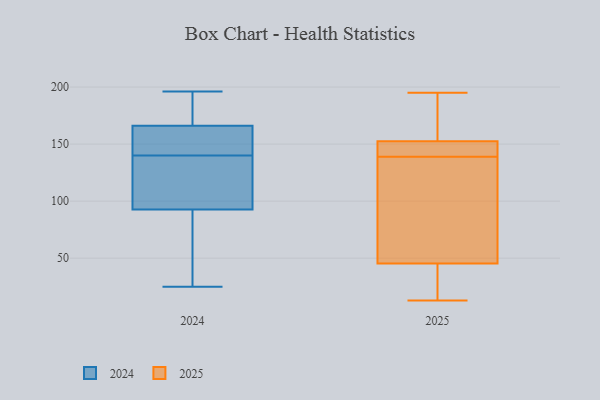
{"axis": {"x": "Satisfaction Score", "y": "Value"}, "legend": ["2024", "2025"], "data": [{"x": "", "y": 76, "type": "2025"}, {"x": "", "y": 13, "type": "2025"}, {"x": "", "y": 35, "type": "2025"}, {"x": "", "y": 195, "type": "2025"}, {"x": "", "y": 139, "type": "2025"}, {"x": "", "y": 23, "type": "2025"}, {"x": "", "y": 177, "type": "2025"}, {"x": "", "y": 148, "type": "2025"}, {"x": "", "y": 140, "type": "2025"}, {"x": "", "y": 86, "type": "2025"}, {"x": "", "y": 154, "type": "2025"}, {"x": "", "y": 25, "type": "2024"}, {"x": "", "y": 99, "type": "2024"}, {"x": "", "y": 189, "type": "2024"}, {"x": "", "y": 50, "type": "2024"}, {"x": "", "y": 190, "type": "2024"}, {"x": "", "y": 155, "type": "2024"}, {"x": "", "y": 190, "type": "2024"}, {"x": "", "y": 98, "type": "2024"}, {"x": "", "y": 140, "type": "2024"}, {"x": "", "y": 166, "type": "2024"}, {"x": "", "y": 166, "type": "2024"}, {"x": "", "y": 140, "type": "2024"}, {"x": "", "y": 196, "type": "2024"}, {"x": "", "y": 143, "type": "2024"}, {"x": "", "y": 91, "type": "2024"}, {"x": "", "y": 56, "type": "2024"}, {"x": "", "y": 87, "type": "2024"}, {"x": "", "y": 165, "type": "2024"}, {"x": "", "y": 125, "type": "2024"}]}